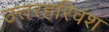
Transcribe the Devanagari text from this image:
उत्तरहरिवंश